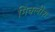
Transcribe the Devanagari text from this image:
मिक्लीश